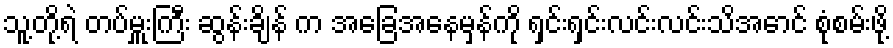
သူ့တို့ရဲ တပ်မှူးကြီး ဆွန်းချိန် က အခြေအနေမှန်ကို ရှင်းရှင်းလင်းလင်းသိအောင် စုံစမ်းဖို့